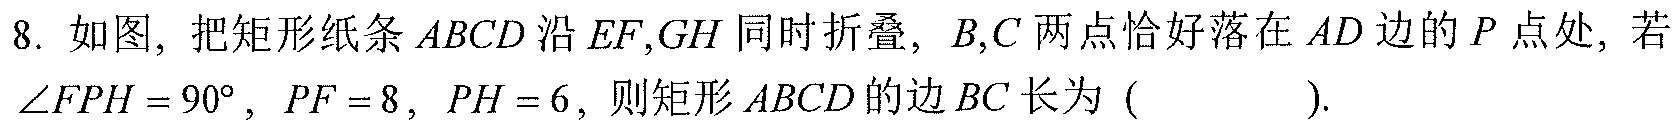
8. 如图，把矩形纸条 \(ABCD\) 沿 \(EF,GH\) 同时折叠，\(B,C\) 两点恰好落在 \(AD\) 边的 \(P\) 点处，若 \(\angle FPH = 90^{\circ}\)，\(PF = 8\)，\(PH = 6\)，则矩形 \(ABCD\) 的边 \(BC\) 长为 ( ).